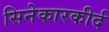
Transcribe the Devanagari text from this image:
सिनेकारकीर्द